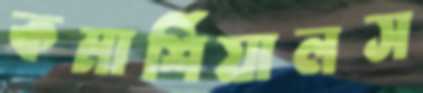
কমার্শিয়ালস